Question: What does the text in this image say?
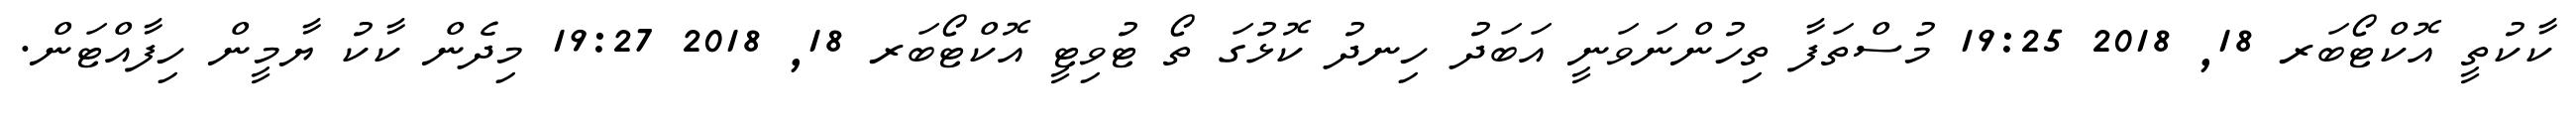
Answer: ކާކުތީ އޮކްޓޯބަރ 18, 2018 19:25 މުސްތަފާ ތިހުންނަވަނީ އަބަދު ހިނދު ކޮޅުގަ ތޯ ޓުވިޓީ އޮކްޓޯބަރ 18, 2018 19:27 މިދެން ކާކު ޔާމީން ހިފާއްޓަން.